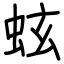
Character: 蚿